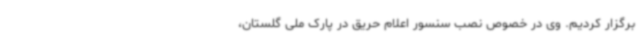
برگزار کردیم. وی در خصوص نصب سنسور اعلام حریق در پارک ملی گلستان،